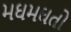
મઘમઘતો